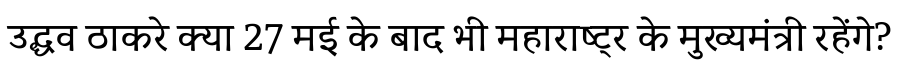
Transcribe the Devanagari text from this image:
उद्धव ठाकरे क्या 27 मई के बाद भी महाराष्ट्र के मुख्यमंत्री रहेंगे?